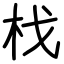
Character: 𣏾